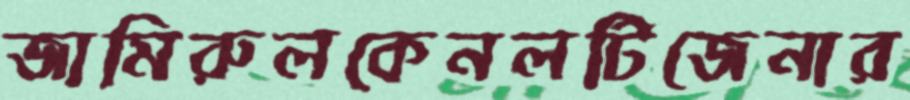
জামিরুলকেনলটিজেনার